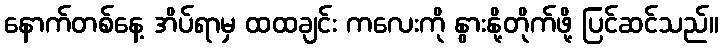
နောက်တစ်နေ့ အိပ်ရာမှ ထထချင်း ကလေးကို နွားနို့တိုက်ဖို့ ပြင်ဆင်သည်။